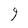
Character: 9